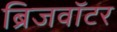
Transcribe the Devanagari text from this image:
ब्रिजवॉटर